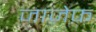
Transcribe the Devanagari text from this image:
जाज़ेफ़